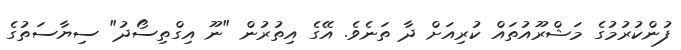
ފުންކުރުމުގެ މަޝްރޫއުތައް ކުރިއަށް ދާ ތަނެވެ. އޭގެ އިތުރުން "ނޫ އިގްތިސޯދު" ސިޔާސަތުގެ